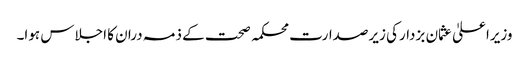
وزیراعلیٰ عثمان بزدارکی زیرصدارت محکمہ صحت کے ذمہ دران کا اجلاس ہوا۔